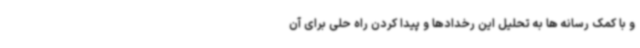
و با کمک رسانه ها به تحلیل این رخدادها و پیدا کردن راه حلی برای آن